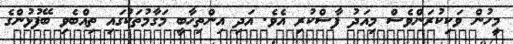
މީހުން ވަކިކުރަންވެސް މިއަދު ފާސްކުރި އެވެ. އަދި އިންތިހާބީ މަގާމުތަކުގައި ތިއްބެވި ބޭފުޅުންގެ